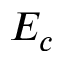
E _ { c }